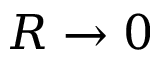
R \rightarrow 0